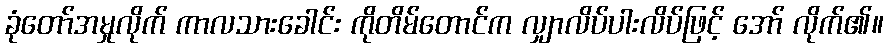
ခုံတော်အမှုလိုက် ကာလသားခေါင်း ကိုတိမ်တောင်က လျှာလိပ်ပါးလိပ်ဖြင့် အော် လိုက်၏။